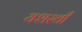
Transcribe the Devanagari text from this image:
यशस्‍वी